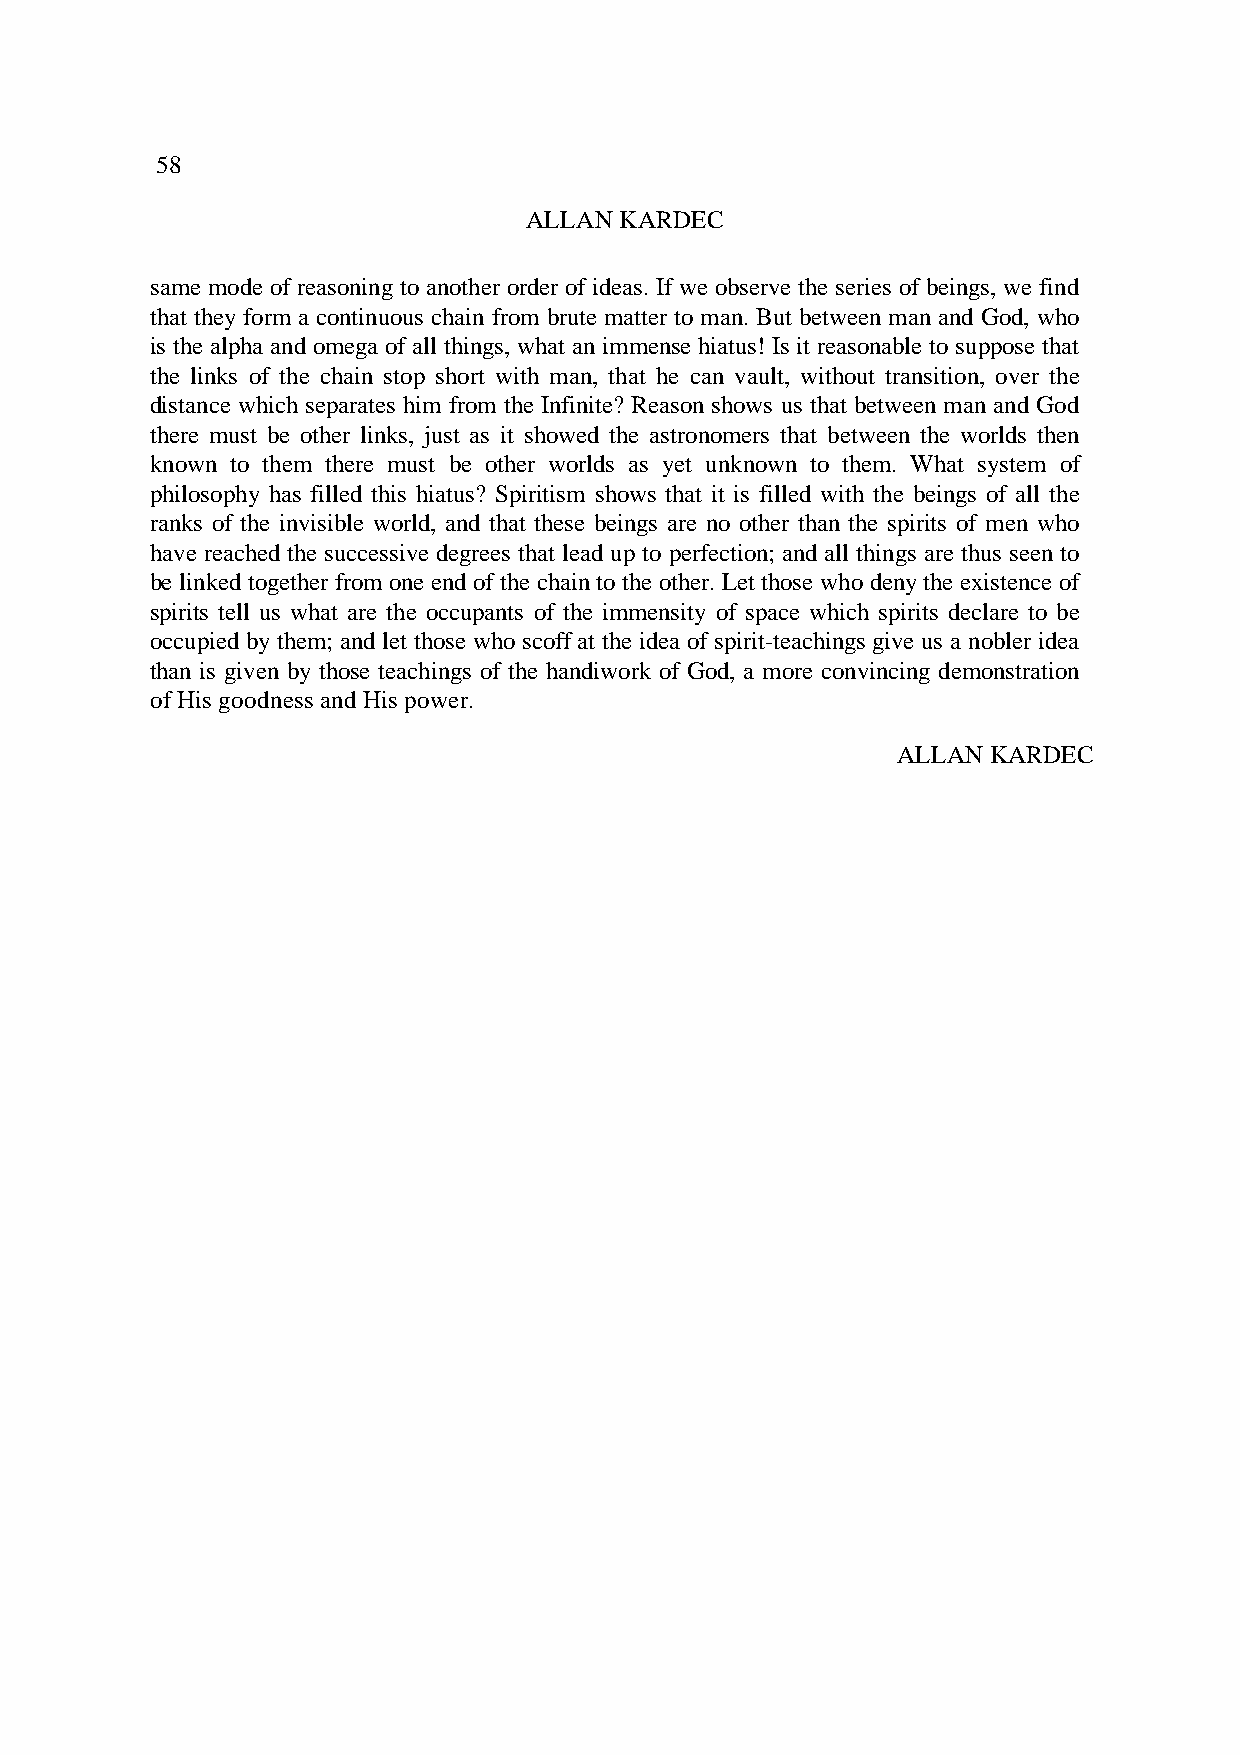
58
 ALLAN KARDEC
 same mode of reasoning to another order of ideas. If we observe the series of beings, we find
 that they form a continuous chain from brute matter to man. But between man and God, who
 is the alpha and omega of all things, what an immense hiatus! Is it reasonable to suppose that
 the links of the chain stop short with man, that he can vault, without transition, over the
 distance which separates him from the Infinite? Reason shows us that between man and God
 there must be other links, just as it showed the astronomers that between the worlds then
 known to them there must be other worlds as yet unknown to them. What system of
 philosophy has filled this hiatus? Spiritism shows that it is filled with the beings of all the
 ranks of the invisible world, and that these beings are no other than the spirits of men who
 have reached the successive degrees that lead up to perfection; and all things are thus seen to
 be linked together from one end of the chain to the other. Let those who deny the existence of
 spirits tell us what are the occupants of the immensity of space which spirits declare to be
 occupied by them; and let those who scoff at the idea of spirit-teachings give us a nobler idea
 than is given by those teachings of the handiwork of God, a more convincing demonstration
 of His goodness and His power.
 ALLAN KARDEC